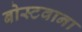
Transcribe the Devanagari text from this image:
बोस्टवाना